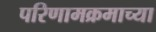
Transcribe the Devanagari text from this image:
परिणामक्रमाच्या